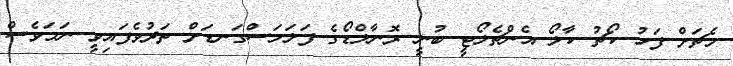
މެޗަށް ފަހު ކޯޗު ކާލޯ އެންޗެލޯޓީ ބުނީ ރޮނާލްޑޯގެ ފަލަމަސްގަނޑަށް ތަދުވެފައިވީ ނަމަވެސް